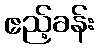
ဧည့်ခန်း